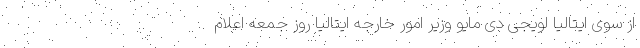
از سوی ایتالیا لویجی دی مایو وزیر امور خارجه ایتالیا روز جمعه اعلام